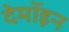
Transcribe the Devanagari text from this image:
देमॉइन